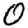
Digit: 0